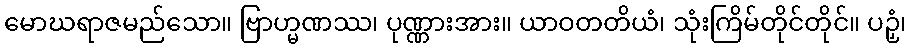
မောဃရာဇမည်သော။ ဗြာဟ္မဏဿ၊ ပုဏ္ဏားအား။ ယာဝတတိယံ၊ သုံးကြိမ်တိုင်တိုင်။ ပဉှံ၊